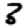
Digit: 3